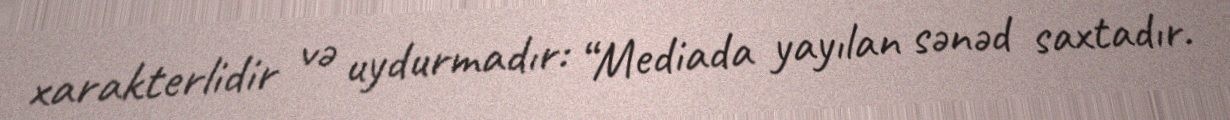
xarakterlidir və uydurmadır: “Mediada yayılan sənəd saxtadır.